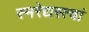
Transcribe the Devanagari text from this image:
स्मरेद्यस्त्वां